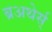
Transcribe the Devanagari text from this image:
ब्रअथेर्स्